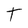
Character: T